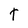
Character: t